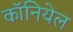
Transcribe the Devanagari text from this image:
कॉनियेल